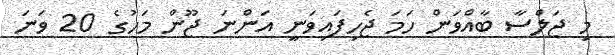
މި ޖަލްސާ ބާއްވަން ހަމަ ޖެހިފައިވަނީ އަންނަ ޖޫން މަހުގެ 20 ވަނަ